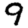
Digit: 9